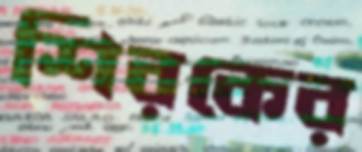
শিরকের